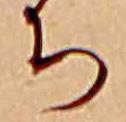
ち